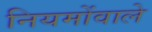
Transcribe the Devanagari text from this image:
नियमोंवाले